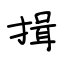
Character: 揖